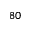
^ { 8 0 }